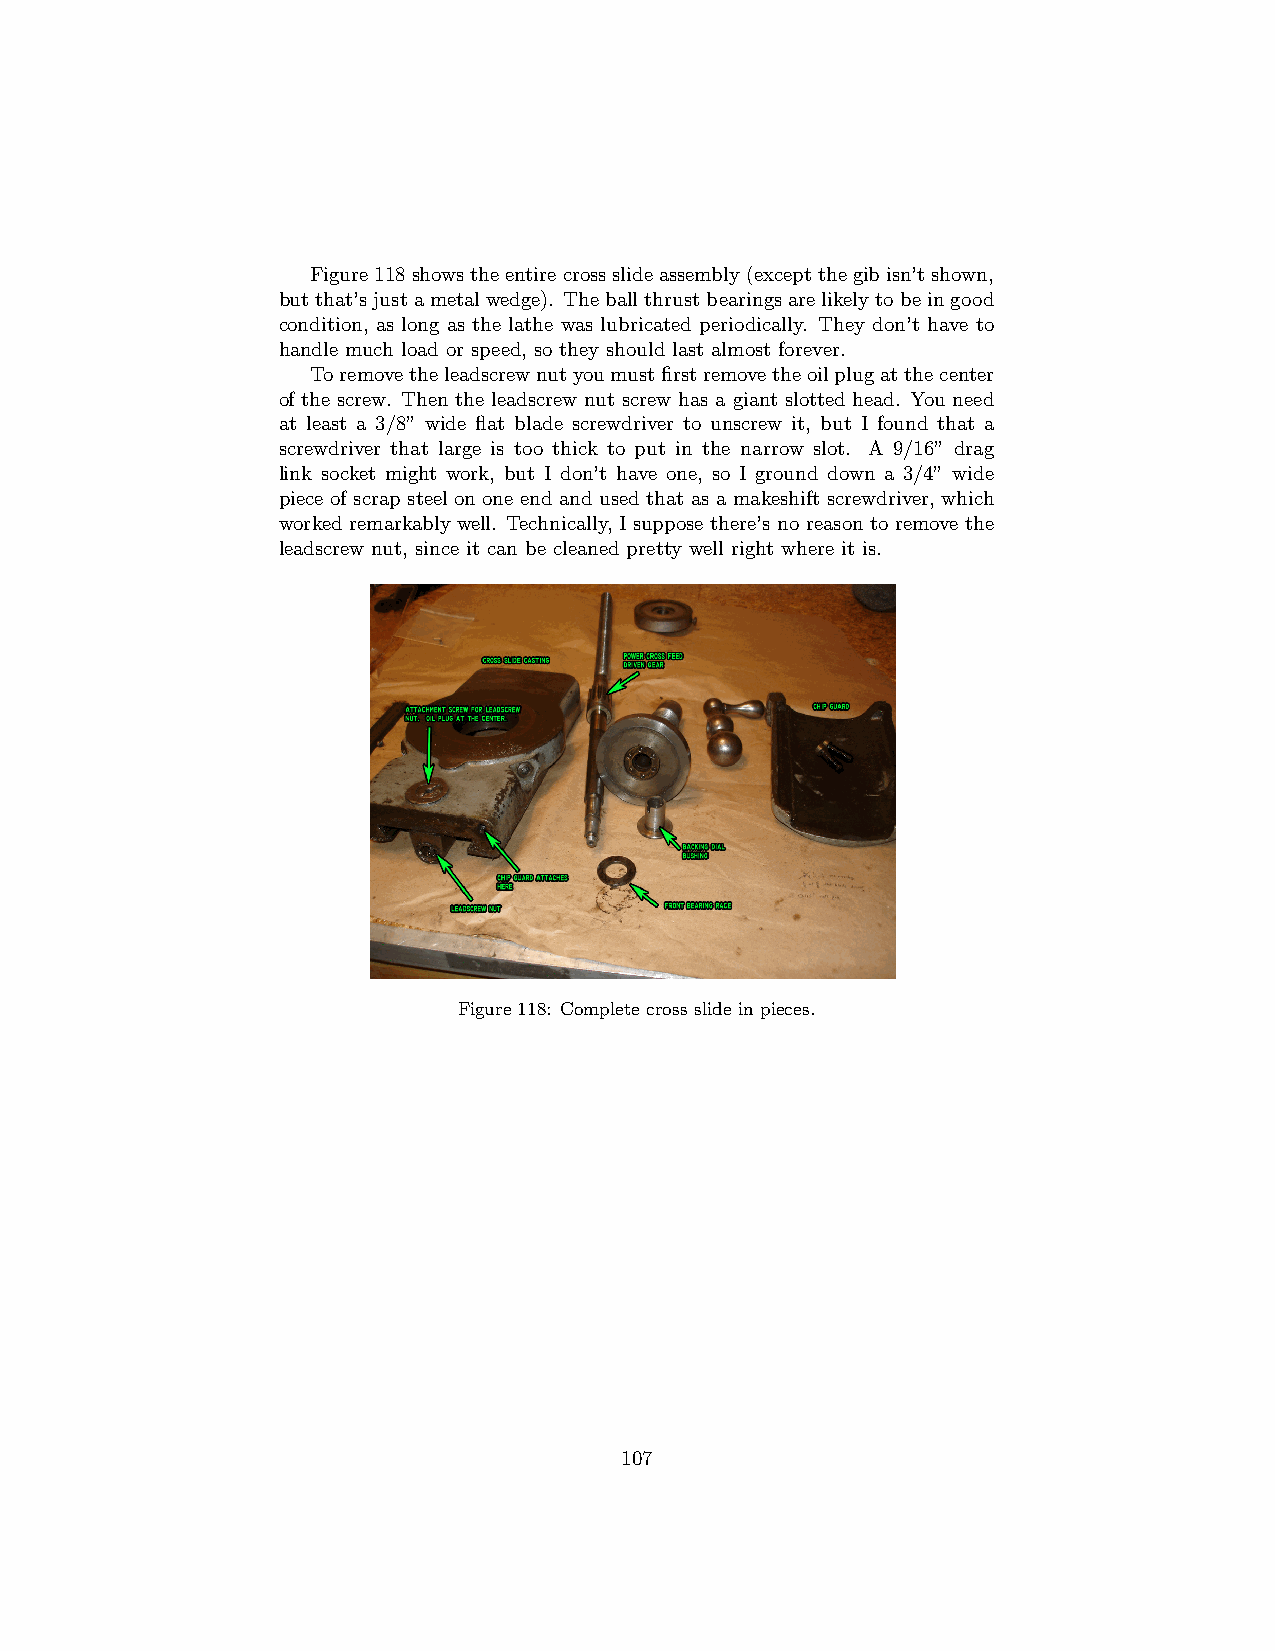
Figure118showstheentirecrossslideassembly(exceptthegibisn’tshown,
 butthat’sjustametalwedge). Theballthrustbearingsarelikelytobeingood
 condition, as long as the lathe was lubricated periodically. They don’t have to
 handle much load or speed, so they should last almost forever.
 Toremovetheleadscrewnutyoumustfirstremovetheoilplugatthecenter
 of the screw. Then the leadscrew nut screw has a giant slotted head. You need
 at least a 3/8” wide flat blade screwdriver to unscrew it, but I found that a
 screwdriver that large is too thick to put in the narrow slot. A 9/16” drag
 link socket might work, but I don’t have one, so I ground down a 3/4” wide
 piece of scrap steel on one end and used that as a makeshift screwdriver, which
 worked remarkably well. Technically, I suppose there’s no reason to remove the
 leadscrew nut, since it can be cleaned pretty well right where it is.
 Figure 118: Complete cross slide in pieces.
 107